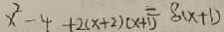
x ^ { 2 } - 4 + 2 ( x + 2 ) ( x + 1 ) = 8 ( x + 1 )